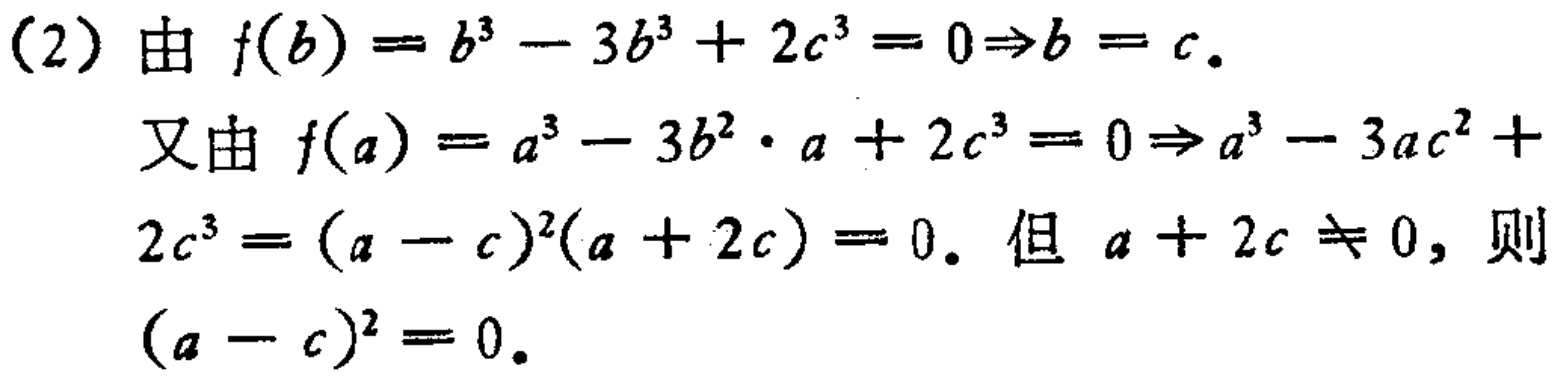
(2) 由 \(f(b)=b^{3}-3b^{3}+2c^{3}=0\Rightarrow b = c\).
又由 \(f(a)=a^{3}-3b^{2}\cdot a + 2c^{3}=0\Rightarrow a^{3}-3ac^{2}+2c^{3}=(a - c)^{2}(a + 2c)=0\). 但 \(a + 2c\neq0\), 则 \((a - c)^{2}=0\).